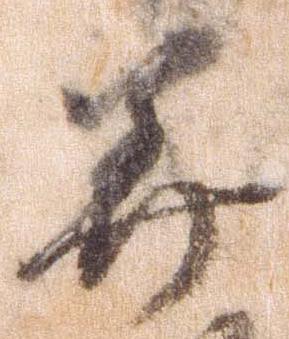
美